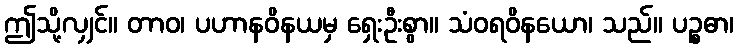
ဤသို့လျှင်။ တာဝ၊ ပဟာနဝိနယမှ ရှေးဦးစွာ။ သံဝရဝိနယော၊ သည်။ ပဉ္စဓာ၊